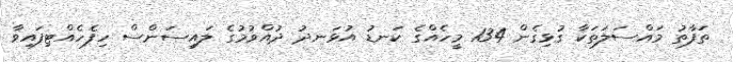
ތަފާތު މައްސަލަތަކާ ގުޅިގެން 134 މީހެއްގެ ކަނޑު އުޅަނދު ދުއްވުމުގެ ލައިސަންސް ހިފެހެއްޓިފައިވާ